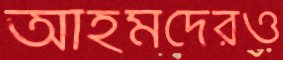
আহমদেরও